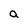
Character: a